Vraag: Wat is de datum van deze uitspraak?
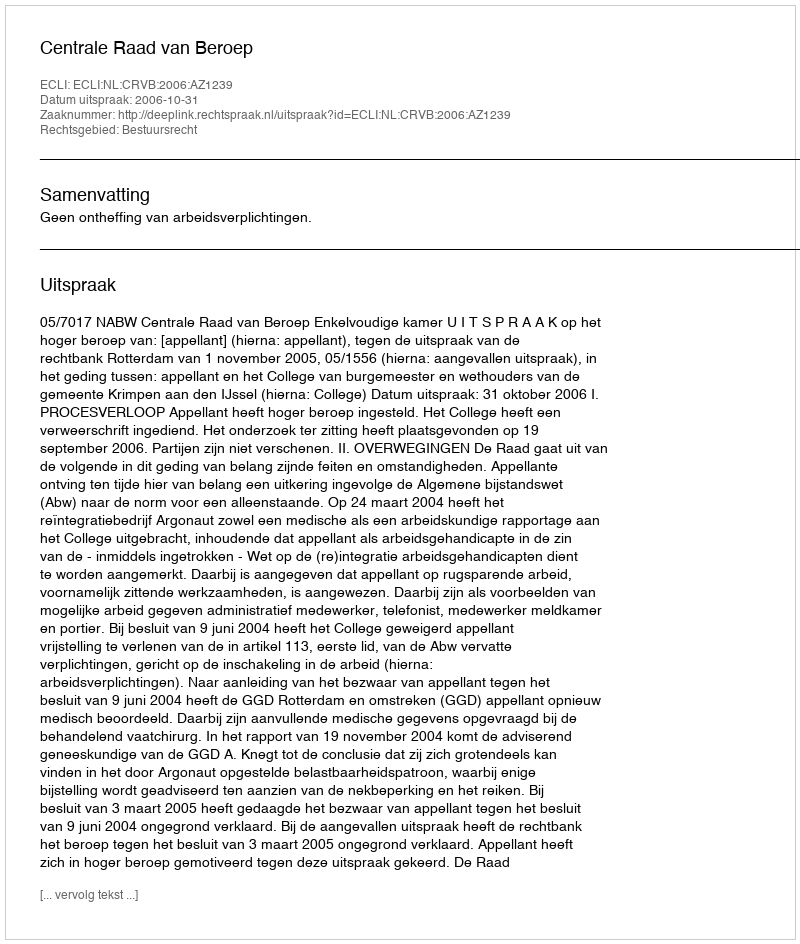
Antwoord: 2006-10-31